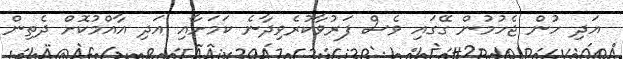
އަދި ހުން ޖެހުމުން ގޭގައި ވެސް ފަރުވާކުރެވިދާނެ ކަމަށާއި އަދި އާއްމުކޮށް ދެތިން